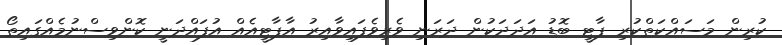
ކުރިން މަސައްކަތްކުރި ޕާޓީ ބޮޑު އަދަދަކުން ދަރަނި ވެރިވެފައިވާއިރު އާޕާޓީއެއް އުފައްދަނީ ކޮންވިސްނުމެއްގައިތޯ